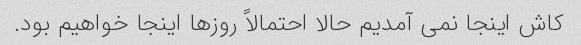
کاش اینجا نمی آمدیم حالا احتمالاً روزها اینجا خواهیم بود.